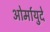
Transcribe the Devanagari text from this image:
ओर्मायुदे